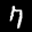
Label: 7